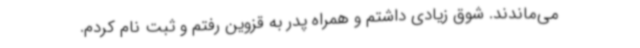
می‌ماندند. شوق زیادی داشتم و همراه پدر به قزوین رفتم و ثبت‌ نام کردم.